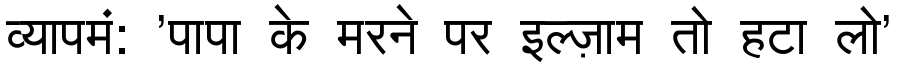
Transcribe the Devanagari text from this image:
व्यापमं: 'पापा के मरने पर इल्ज़ाम तो हटा लो'